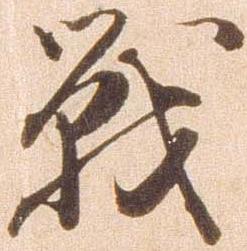
戦